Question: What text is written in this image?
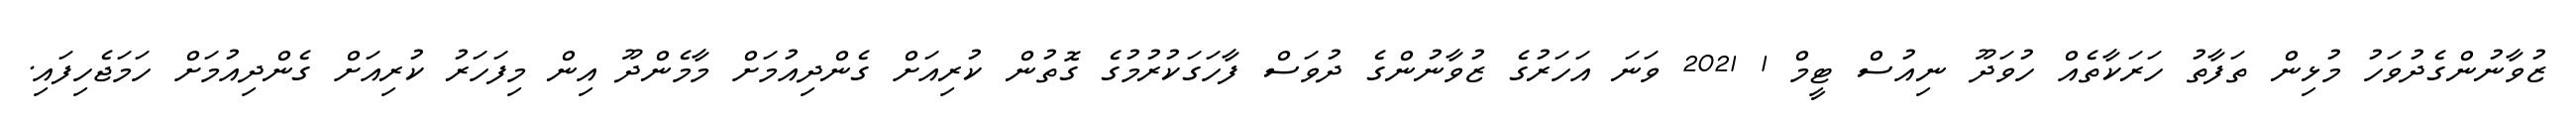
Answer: ޒުވާނުންގެދުވަހު މުޅިން ތަފާތު ހަރަކާތެއް ހުވަދޫ ނިއުސް ޓީމް 1 2021 ވަނަ އަހަރުގެ ޒުވާނުންގެ ދުވަސް ފާހަގަކުރުމުގެ ގޮތުން ކުރިއަށް ގެންދިއުމަށް މާމެންދޫ އިން މިފަހަރު ކުރިއަށް ގެންދިއުމަށް ހަމަޖެހިފައި.